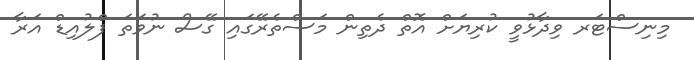
މިނިސްޓަރ ވިދާޅުވީ ކުރިޔަށް އޮތް ދެތިން މަސްތެރޭގައި ގޭސް ނުވަތަ ފްލުއިޑް އަރާ